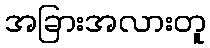
အခြားအလားတူ